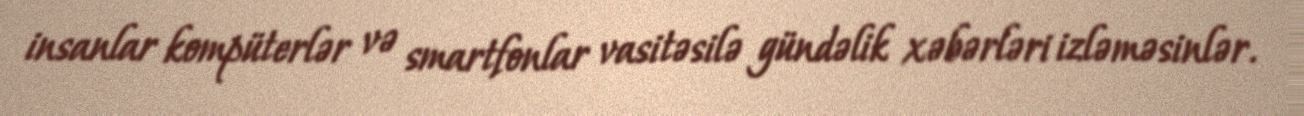
insanlar kompüterlər və smartfonlar vasitəsilə gündəlik xəbərləri izləməsinlər.